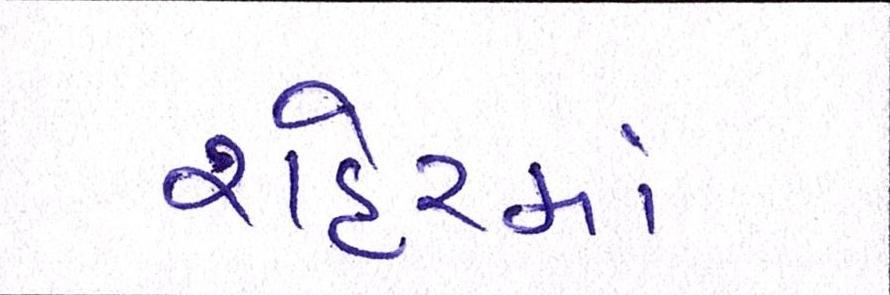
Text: શહેરમાં